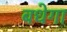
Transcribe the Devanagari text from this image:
बधेगा